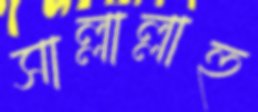
সাল্লাল্লাহু